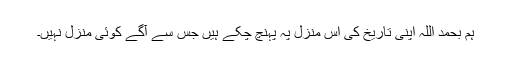
ہم بحمد اللہ اپنی تاریخ کی اس منزل پہ پہنچ چکے ہیں جس سے آگے کوئی منزل نہیں۔